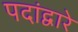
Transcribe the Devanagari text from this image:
पदांद्वारे